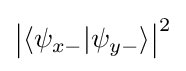
{\big |}\langle \psi _{x-}|\psi _{y-}\rangle {\big |}^{2}